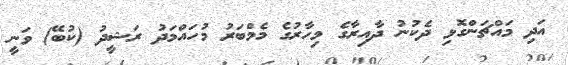
އަދި މައްޗަންގޮޅި ދެކުނު ދާއިރާގެ މިހާރުގެ މެމްބަރު މުހައްމަދު ރަޝީދު (ކުބޭ) ވަނީ